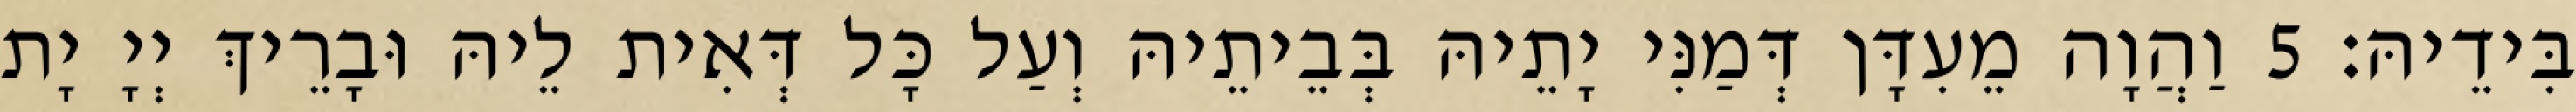
בִּידֵיהּ׃ 5 וַהֲוָה מֵעִדָּן דְּמַנִּי יָתֵיהּ בְּבֵיתֵיהּ וְעַל כָּל דְּאִית לֵיהּ וּבָרֵיךְ יְיָ יָת